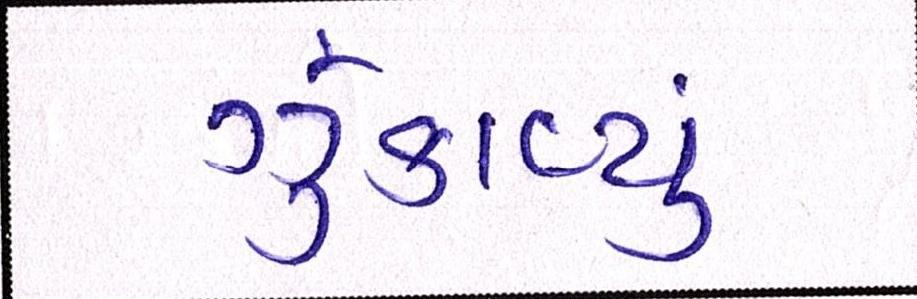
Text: ઝૂંકાવ્યું